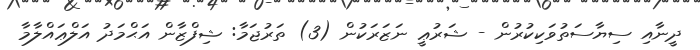
ދީނާއި ސިޔާސަތުވަކިކުރުން - ޝަރުޢީ ނަޒަރަކުން (3) ތަރުޖަމާ: ޝިފްޒާން އަޙްމަދު އަލްޢައްލާމާ